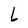
Character: L